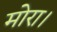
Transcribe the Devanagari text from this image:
मोरा।